Report of the Hyderabad Chloroform Commission
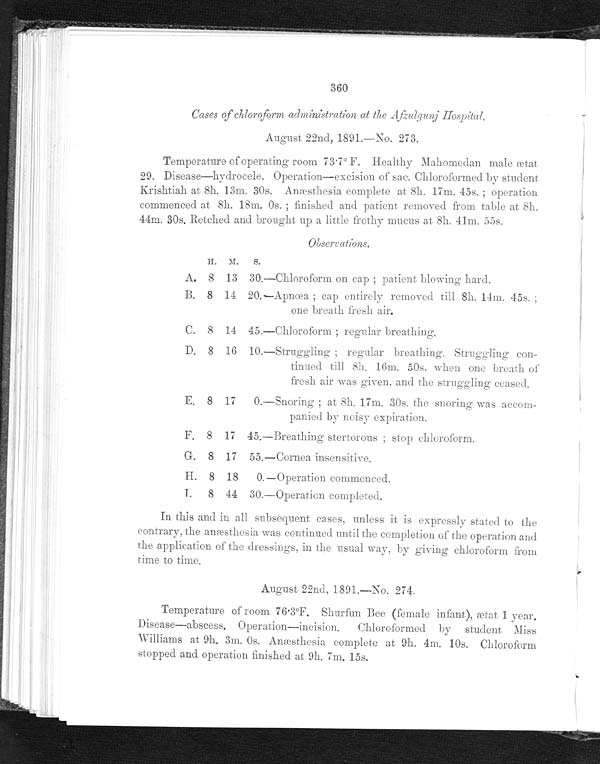
360
Cases of chloroform administration at the Afzulgunj Hospital.
August 22nd, 1891.—No. 273.
Temperature of operating room 73.7°F. Healthy Mahomedan male ætat
29. Disease—hydrocele. Operation—excision of sac. Chloroformed by student
Krishtiah at 8h. 13m. 30s. Anæsthesia complete at 8h. 17m. 45s.; operation
commenced at 8h. 18m. 0s.; finished and patient, removed from table at 8h.
44m. 30s. Retched and brought up a little frothy mucus at 8h. 41m. 55s.
Observations.
H. M. S.
A. 8 13 30.—Chloroform on cap; patient blowing hard.
B. 8 14 20.—Apnœa; cap entirely removed till 8h. 14m. 45s.
; one breath fresh air.
C. 8 14 45.—Chloroform; regular breathing.
D. 8 16 10.—Struggling; regular breathing. Struggling con-
tinued till 8h. 16m. 50s. when one breath of
fresh air was given. and the struggling ceased.
E. 8 17 0.——Snoring; at 8h. 17m. 30s. the snoring was accom-
panied by noisy expiration.
F. 8 17 45.—Breathing stertorous; stop chloroform.
G. 8 17 55.—Cornea insensitive.
H. 8 18 0.—Operation commenced.
I. 8 44 30.—Operation completed.
In this and in all subsequent cases, unless it is expressly stated to the
contrary, the anæsthesia was continued until the completion of the operation and
the application of the dressings, in the usual way, by giving chloroform from
time to time.
August 22nd, 1891.—No. 274.
Temperature of room 76·3°F. Shurfun Bee (female infant), ætat 1 year.
Disease–abscess. Operation—incision. Chloroformed by student. Miss
Williams at 9h. 3m. 0s. Anæsthesia complete at 9h. 4m. 10s. Chloroform
stopped and operation finished at 9h. 7m. 15s.